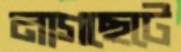
নাগছেটে